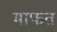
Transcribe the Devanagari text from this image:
माफत